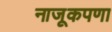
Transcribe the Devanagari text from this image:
नाजूकपणा